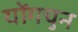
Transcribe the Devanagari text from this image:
योंगचुन